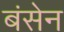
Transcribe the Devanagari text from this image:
बंसेन